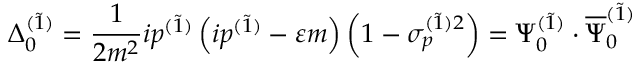
\Delta _ { 0 } ^ { ( \widetilde { 1 } ) } = \frac 1 { 2 m ^ { 2 } } i p ^ { ( \widetilde { 1 } ) } \left( i p ^ { ( \widetilde { 1 } ) } - \varepsilon m \right) \left( 1 - \sigma _ { p } ^ { ( \widetilde { 1 } ) 2 } \right) = \Psi _ { 0 } ^ { ( \widetilde { 1 } ) } \cdot \overline { { { \Psi } } } _ { 0 } ^ { ( \widetilde { 1 } ) }